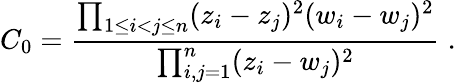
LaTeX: C_{0}=\frac{\prod_{1\leq i<j\leq n}(z_{i}-z_{j})^{2}(w_{i}-w_{j})^{2}}{\prod_{i,j=1}^{n}(z_{i}-w_{j})^{2}}\; .